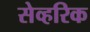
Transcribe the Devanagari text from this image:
सेव्हरिक